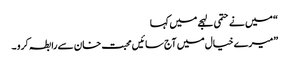
“ میں نے حتمی لہجے میں کہا
”میرے خیال میں آج سائیں محبت خان سے رابطہ کرو ۔